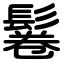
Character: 鬈